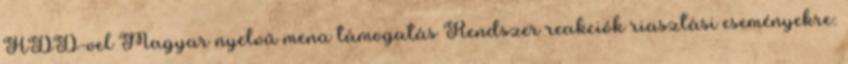
HDD-vel Magyar nyelvű menü támogatás Rendszer reakciók riasztási eseményekre: